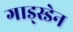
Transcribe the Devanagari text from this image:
गाड्स्डेन